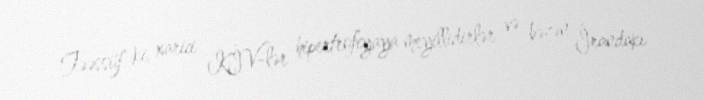
Təəssüf ki, xarici KİV-lər hipertrofiyaya meyillidirlər və bəzən İrandakı